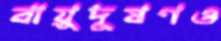
বায়ুদূষণও